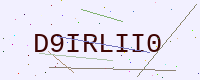
Text: D9IRLII0